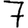
Digit: 7